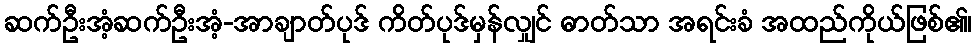
ဆက်ဦးအံ့ဆက်ဦးအံ့-အာချာတ်ပုဒ် ကိတ်ပုဒ်မှန်လျှင် ဓာတ်သာ အရင်းခံ အထည်ကိုယ်ဖြစ်၏၊